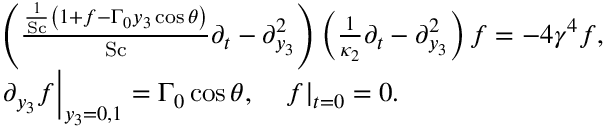
\begin{array} { r l } & { \left( \frac { \frac { 1 } { \mathrm { S c } } \left( 1 + f - \Gamma _ { 0 } y _ { 3 } \cos \theta \right) } { \mathrm { S c } } \partial _ { t } - \partial _ { y _ { 3 } } ^ { 2 } \right) \left( \frac { 1 } { \kappa _ { 2 } } \partial _ { t } - \partial _ { y _ { 3 } } ^ { 2 } \right) f = - 4 \gamma ^ { 4 } f , } \\ & { \left. \partial _ { y _ { 3 } } f \right| _ { y _ { 3 } = 0 , 1 } = \Gamma _ { 0 } \cos \theta , \quad \left. f \right| _ { t = 0 } = 0 . } \end{array}